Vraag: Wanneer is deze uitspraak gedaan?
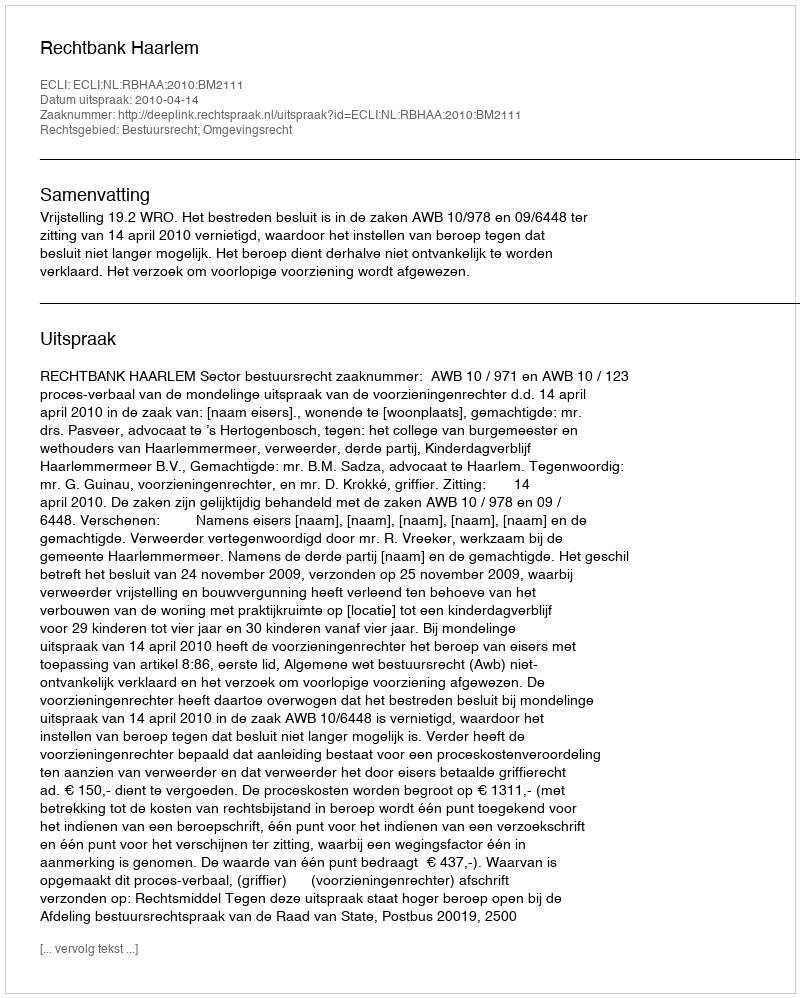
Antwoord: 2010-04-14